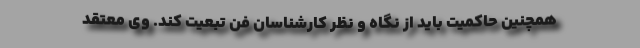
همچنین حاکمیت باید از نگاه و نظر کارشناسان فن تبعیت کند. وی معتقد